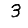
Digit: 3